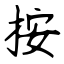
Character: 按